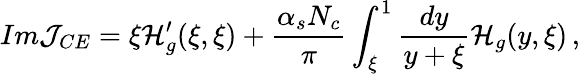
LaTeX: Im{\cal J}_{CE}=\xi{\cal H}_{g}^{\prime}(\xi,\xi)+\frac{\alpha_{s}N_{c}}{\pi}\int_{\xi}^{1}\frac{dy}{y+\xi}{\cal H}_{g}(y,\xi)\, ,